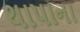
થાપાના